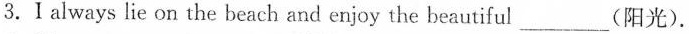
3.Ⅰalways lie on the beach and enjoy the beautiful_________(阳光).